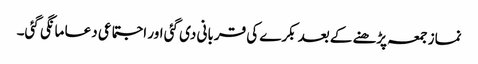
نماز جمعہ پڑھنے کے بعد بکرے کی قربانی دی گئی اور اجتماعی دعا مانگی گئی۔